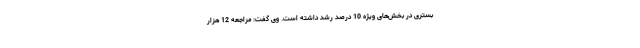
بستری در بخش‌های ویژه 10 درصد رشد داشته است. وی گفت: مراجعه 12 هزار